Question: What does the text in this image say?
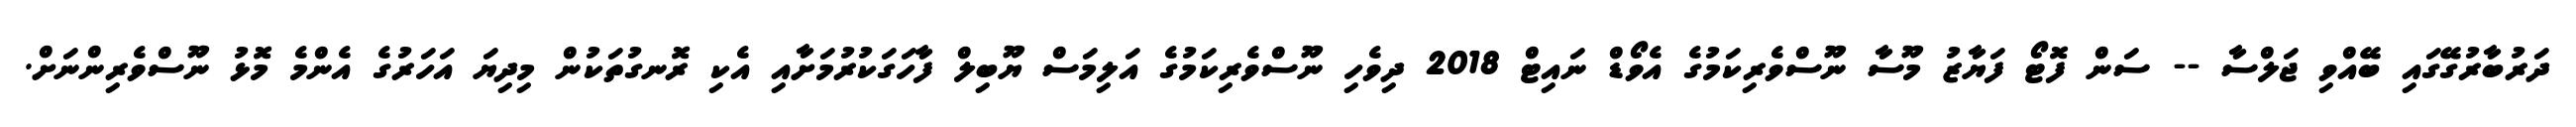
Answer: ދަރުބާރުގޭގައި ބޭއްވި ޖަލްސާ -- ސަން ފޮޓޯ ފަޔާޒު މޫސާ ނޫސްވެރިކަމުގެ އެވޯޑް ނައިޓް 2018 ދިވެހި ނޫސްވެރިކަމުގެ އަލިމަސް ޔޫބިލް ފާހަގަކުރުމަށާއި އެކި ރޮނގުތަކުން މިދިޔަ އަހަރުގެ އެންމެ މޮޅު ނޫސްވެރިންނަށް.